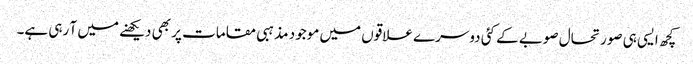
کچھ ایسی ہی صورتحال صوبے کے کئی دوسرے علاقوں میں موجود مذہبی مقامات پر بھی دیکھنے میں آ رہی ہے۔